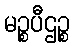
မဉ္စပီဌဉ္စ